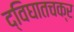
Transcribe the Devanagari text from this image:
द्विघातचक्र